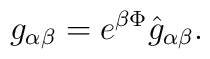
g_{\alpha\beta} = e^{\beta\Phi} \hat{g}_{\alpha\beta}.